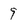
Character: 9